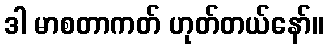
ဒါ မာစတာကတ် ဟုတ်တယ်နော်။